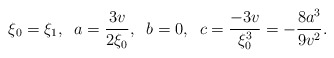
\begin{align*}\xi_{0}=\xi_{1},\;\; a=\frac{3v}{2\xi_{0}},\;\; b=0,\;\;c=\frac{-3v} {\xi^3_0}=-\frac{8a^{3}}{9v^{2}}.\end{align*}